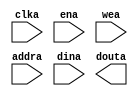
module dmem_blk_ram(
	clka,
	ena,
	wea,
	addra,
	dina,
	douta);


input clka;
input ena;
input [3 : 0] wea;
input [11 : 0] addra;
input [31 : 0] dina;
output [31 : 0] douta;

// synthesis translate_off

      BLK_MEM_GEN_V4_3 #(
		.C_ADDRA_WIDTH(12),
		.C_ADDRB_WIDTH(12),
		.C_ALGORITHM(1),
		.C_BYTE_SIZE(8),
		.C_COMMON_CLK(0),
		.C_DEFAULT_DATA("0"),
		.C_DISABLE_WARN_BHV_COLL(0),
		.C_DISABLE_WARN_BHV_RANGE(0),
		.C_FAMILY("virtex5"),
		.C_HAS_ENA(1),
		.C_HAS_ENB(0),
		.C_HAS_INJECTERR(0),
		.C_HAS_MEM_OUTPUT_REGS_A(0),
		.C_HAS_MEM_OUTPUT_REGS_B(0),
		.C_HAS_MUX_OUTPUT_REGS_A(0),
		.C_HAS_MUX_OUTPUT_REGS_B(0),
		.C_HAS_REGCEA(0),
		.C_HAS_REGCEB(0),
		.C_HAS_RSTA(0),
		.C_HAS_RSTB(0),
		.C_HAS_SOFTECC_INPUT_REGS_A(0),
		.C_HAS_SOFTECC_OUTPUT_REGS_B(0),
		.C_INITA_VAL("0"),
		.C_INITB_VAL("0"),
		.C_INIT_FILE_NAME("dmem_blk_ram.mif"),
		.C_LOAD_INIT_FILE(1),
		.C_MEM_TYPE(0),
		.C_MUX_PIPELINE_STAGES(0),
		.C_PRIM_TYPE(1),
		.C_READ_DEPTH_A(4096),
		.C_READ_DEPTH_B(4096),
		.C_READ_WIDTH_A(32),
		.C_READ_WIDTH_B(32),
		.C_RSTRAM_A(0),
		.C_RSTRAM_B(0),
		.C_RST_PRIORITY_A("CE"),
		.C_RST_PRIORITY_B("CE"),
		.C_RST_TYPE("SYNC"),
		.C_SIM_COLLISION_CHECK("ALL"),
		.C_USE_BYTE_WEA(1),
		.C_USE_BYTE_WEB(1),
		.C_USE_DEFAULT_DATA(0),
		.C_USE_ECC(0),
		.C_USE_SOFTECC(0),
		.C_WEA_WIDTH(4),
		.C_WEB_WIDTH(4),
		.C_WRITE_DEPTH_A(4096),
		.C_WRITE_DEPTH_B(4096),
		.C_WRITE_MODE_A("WRITE_FIRST"),
		.C_WRITE_MODE_B("WRITE_FIRST"),
		.C_WRITE_WIDTH_A(32),
		.C_WRITE_WIDTH_B(32),
		.C_XDEVICEFAMILY("virtex5"))
	inst (
		.CLKA(clka),
		.ENA(ena),
		.WEA(wea),
		.ADDRA(addra),
		.DINA(dina),
		.DOUTA(douta),
		.RSTA(),
		.REGCEA(),
		.CLKB(),
		.RSTB(),
		.ENB(),
		.REGCEB(),
		.WEB(),
		.ADDRB(),
		.DINB(),
		.DOUTB(),
		.INJECTSBITERR(),
		.INJECTDBITERR(),
		.SBITERR(),
		.DBITERR(),
		.RDADDRECC());


// synthesis translate_on

endmodule